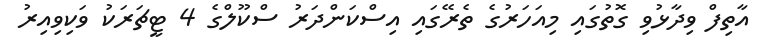
އާތިފް ވިދާޅުވި ގޮތުގައި މިއަހަރުގެ ތެރޭގައި އިސްކަންދަރު ސްކޫލްގެ 4 ޓީޗަަރަކު ވަކިވިއިރު